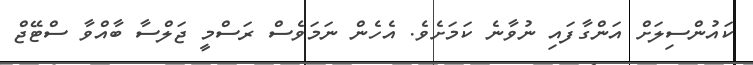
ކައުންސިލަށް އަންގާފައި ނުވާނެ ކަމަށެެވެ. އެހެން ނަމަވެސް ރަސްމީ ޖަލްސާ ބާއްވާ ސްޓޭޖް